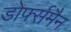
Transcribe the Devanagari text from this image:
डोर्फ्समैन